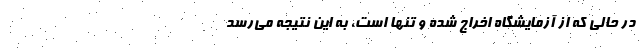
در حالی که از آزمایشگاه اخراج شده و تنها است، به این نتیجه می‌رسد